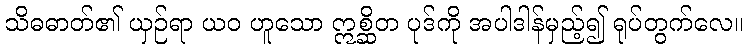
သိဓဓာတ်၏ ယှဉ်ရာ ယဝ ဟူသော ဣစ္ဆိတ ပုဒ်ကို အပါဒါန်မှည့်၍ ရုပ်တွက်လေ။